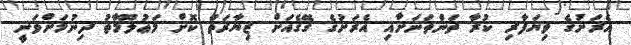
އެރަށުގެ ވިޔަފާރި ކުރާ ތަންތަނަށާއި އެރަށުގެ ގޭގެއަށް ޒިޔާރަތް ކޮށް މަޢުލޫމާތު ދިނުމަށްވަނީ